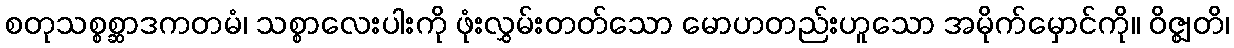
စတုသစ္စစ္ဆာဒကတမံ၊ သစ္စာလေးပါးကို ဖုံးလွှမ်းတတ်သော မောဟတည်းဟူသော အမိုက်မှောင်ကို။ ဝိဇ္ဈတိ၊